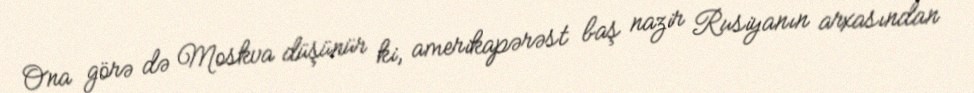
Ona görə də Moskva düşünür ki, amerikapərəst baş nazir Rusiyanın arxasından